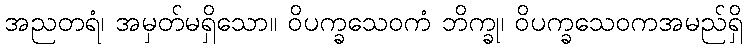
အညတရံ၊ အမှတ်မရှိသော။ ဝိပက္ခသေဝကံ ဘိက္ခု၊ ဝိပက္ခသေဝကအမည်ရှိ